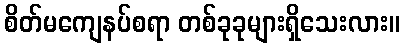
စိတ်မကျေနပ်စရာ တစ်ခုခုများရှိသေးလား။